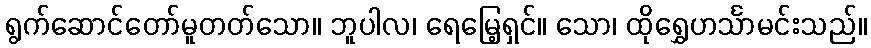
ရွက်ဆောင်တော်မူတတ်သော။ ဘူပါလ၊ ရေမြေ့ရှင်။ သော၊ ထိုရွှေဟင်္သာမင်းသည်။